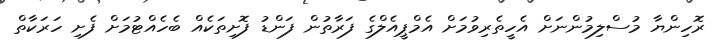
ރޮހިންޔާ މުސްލިމުންނަށް އެހީތެރިވުމަށް އެމްޕީއެލްގެ ފަރާތުން ފަންޑު ފޮށިތަކެއް ބެހެއްޓުމަށް ފެށި ހަރަކާތް